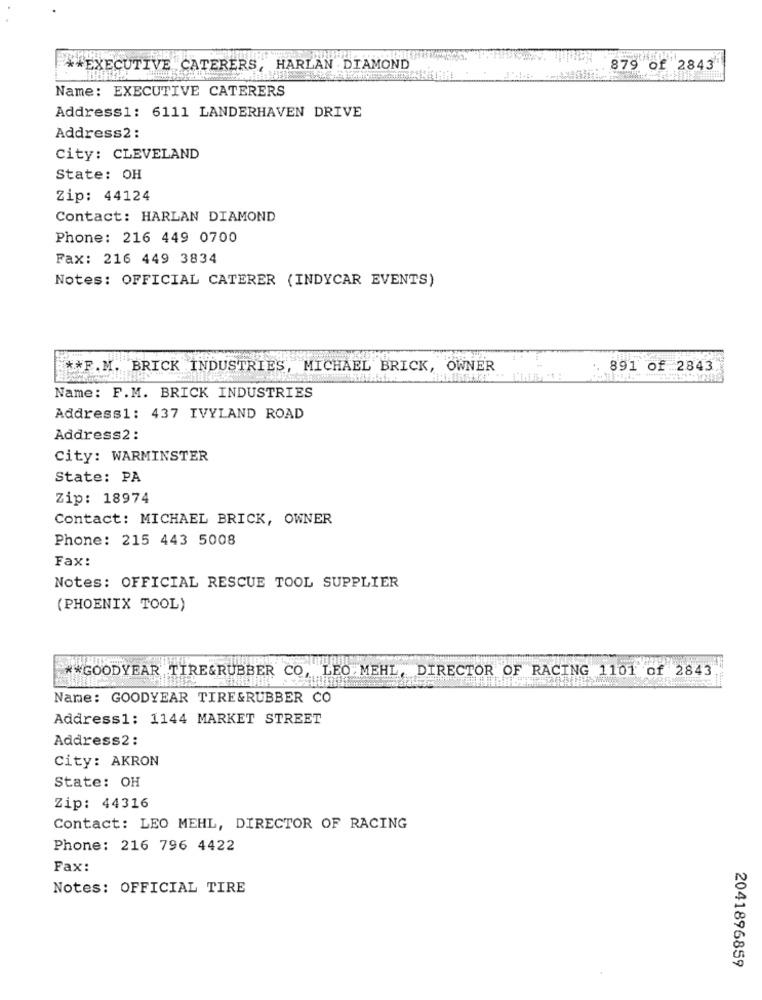
** EXECUTIVE CATERERS, HARLAN DIAMOND
879 of 2843
Name: EXECUTIVE CATERERS
Address1: 6111 LANDERHAVEN DRIVE
Address2 :
City: CLEVELAND
State: OH
Zip: 44124
Contact: HARLAN DIAMOND
Phone: 216 449 0700
Fax: 216 449 3834
Notes: OFFICIAL CATERER (INDYCAR EVENTS)
** F.M. BRICK INDUSTRIES, MICHAEL BRICK, OWNER
891 of 2843
Name: F.M. BRICK INDUSTRIES
Address1: 437 IVYLAND ROAD
Address2 :
City: WARMINSTER
State: PA
Zip: 18974
Contact: MICHAEL BRICK, OWNER
Phone: 215 443 5008
Fax:
Notes: OFFICIAL RESCUE TOOL SUPPLIER
(PHOENIX TOOL)
** GOODYEAR TIRE&RUBBER CO, LEO MEHL, DIRECTOR OF RACING 1101 of 2843
Name: GOODYEAR TIRE&RUBBER CO
Address1: 1144 MARKET STREET
Address2:
City: AKRON
State: OH
Zip: 44316
Contact: LEO MEHL, DIRECTOR OF RACING
Phone: 216 796 4422
Fax:
Notes: OFFICIAL TIRE
2041896859